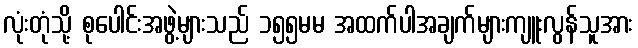
လုံးတုံသို့ စုပေါင်းအဖွဲ့များသည် ၁၅၅မမ အထက်ပါအချက်များကျူးလွန်သူအား